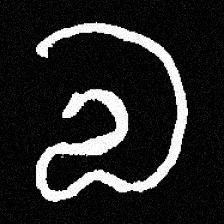
Pyu character \u2014 Myanmar letter: လ (romanized: la)